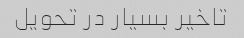
تاخیر بسیار در تحویل